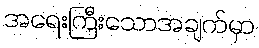
အရေးကြီးသောအချက်မှာ